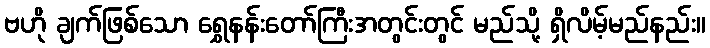
ဗဟို ချက်ဖြစ်သော ရွှေနန်းတော်ကြီးအတွင်းတွင် မည်သို့ ရှိလိမ့်မည်နည်း။